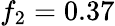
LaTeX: f_{2}=0.37